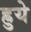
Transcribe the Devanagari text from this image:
ह्रुये